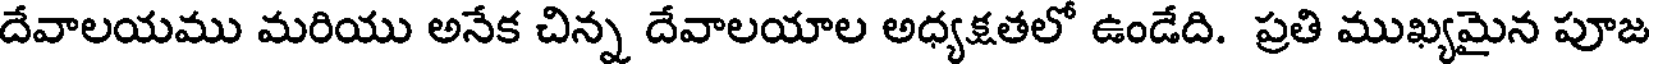
దేవాలయము మరియు అనేక చిన్న దేవాలయాల అధ్యక్షతలో ఉండేది. ప్రతి ముఖ్యమైన పూజ